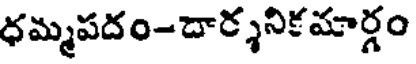
ధమ్మపదం-దార్శనికమార్గం